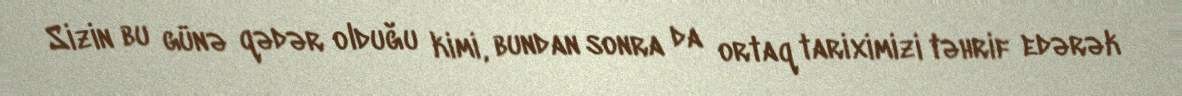
Sizin bu günə qədər olduğu kimi, bundan sonra da ortaq tariximizi təhrif edərək